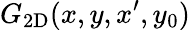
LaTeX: {G}_{\mathrm{2D}}(x,y,x^{\prime},y_{0})